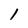
Character: 1